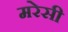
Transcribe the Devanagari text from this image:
मरेसी